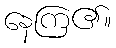
နေကြ၏။